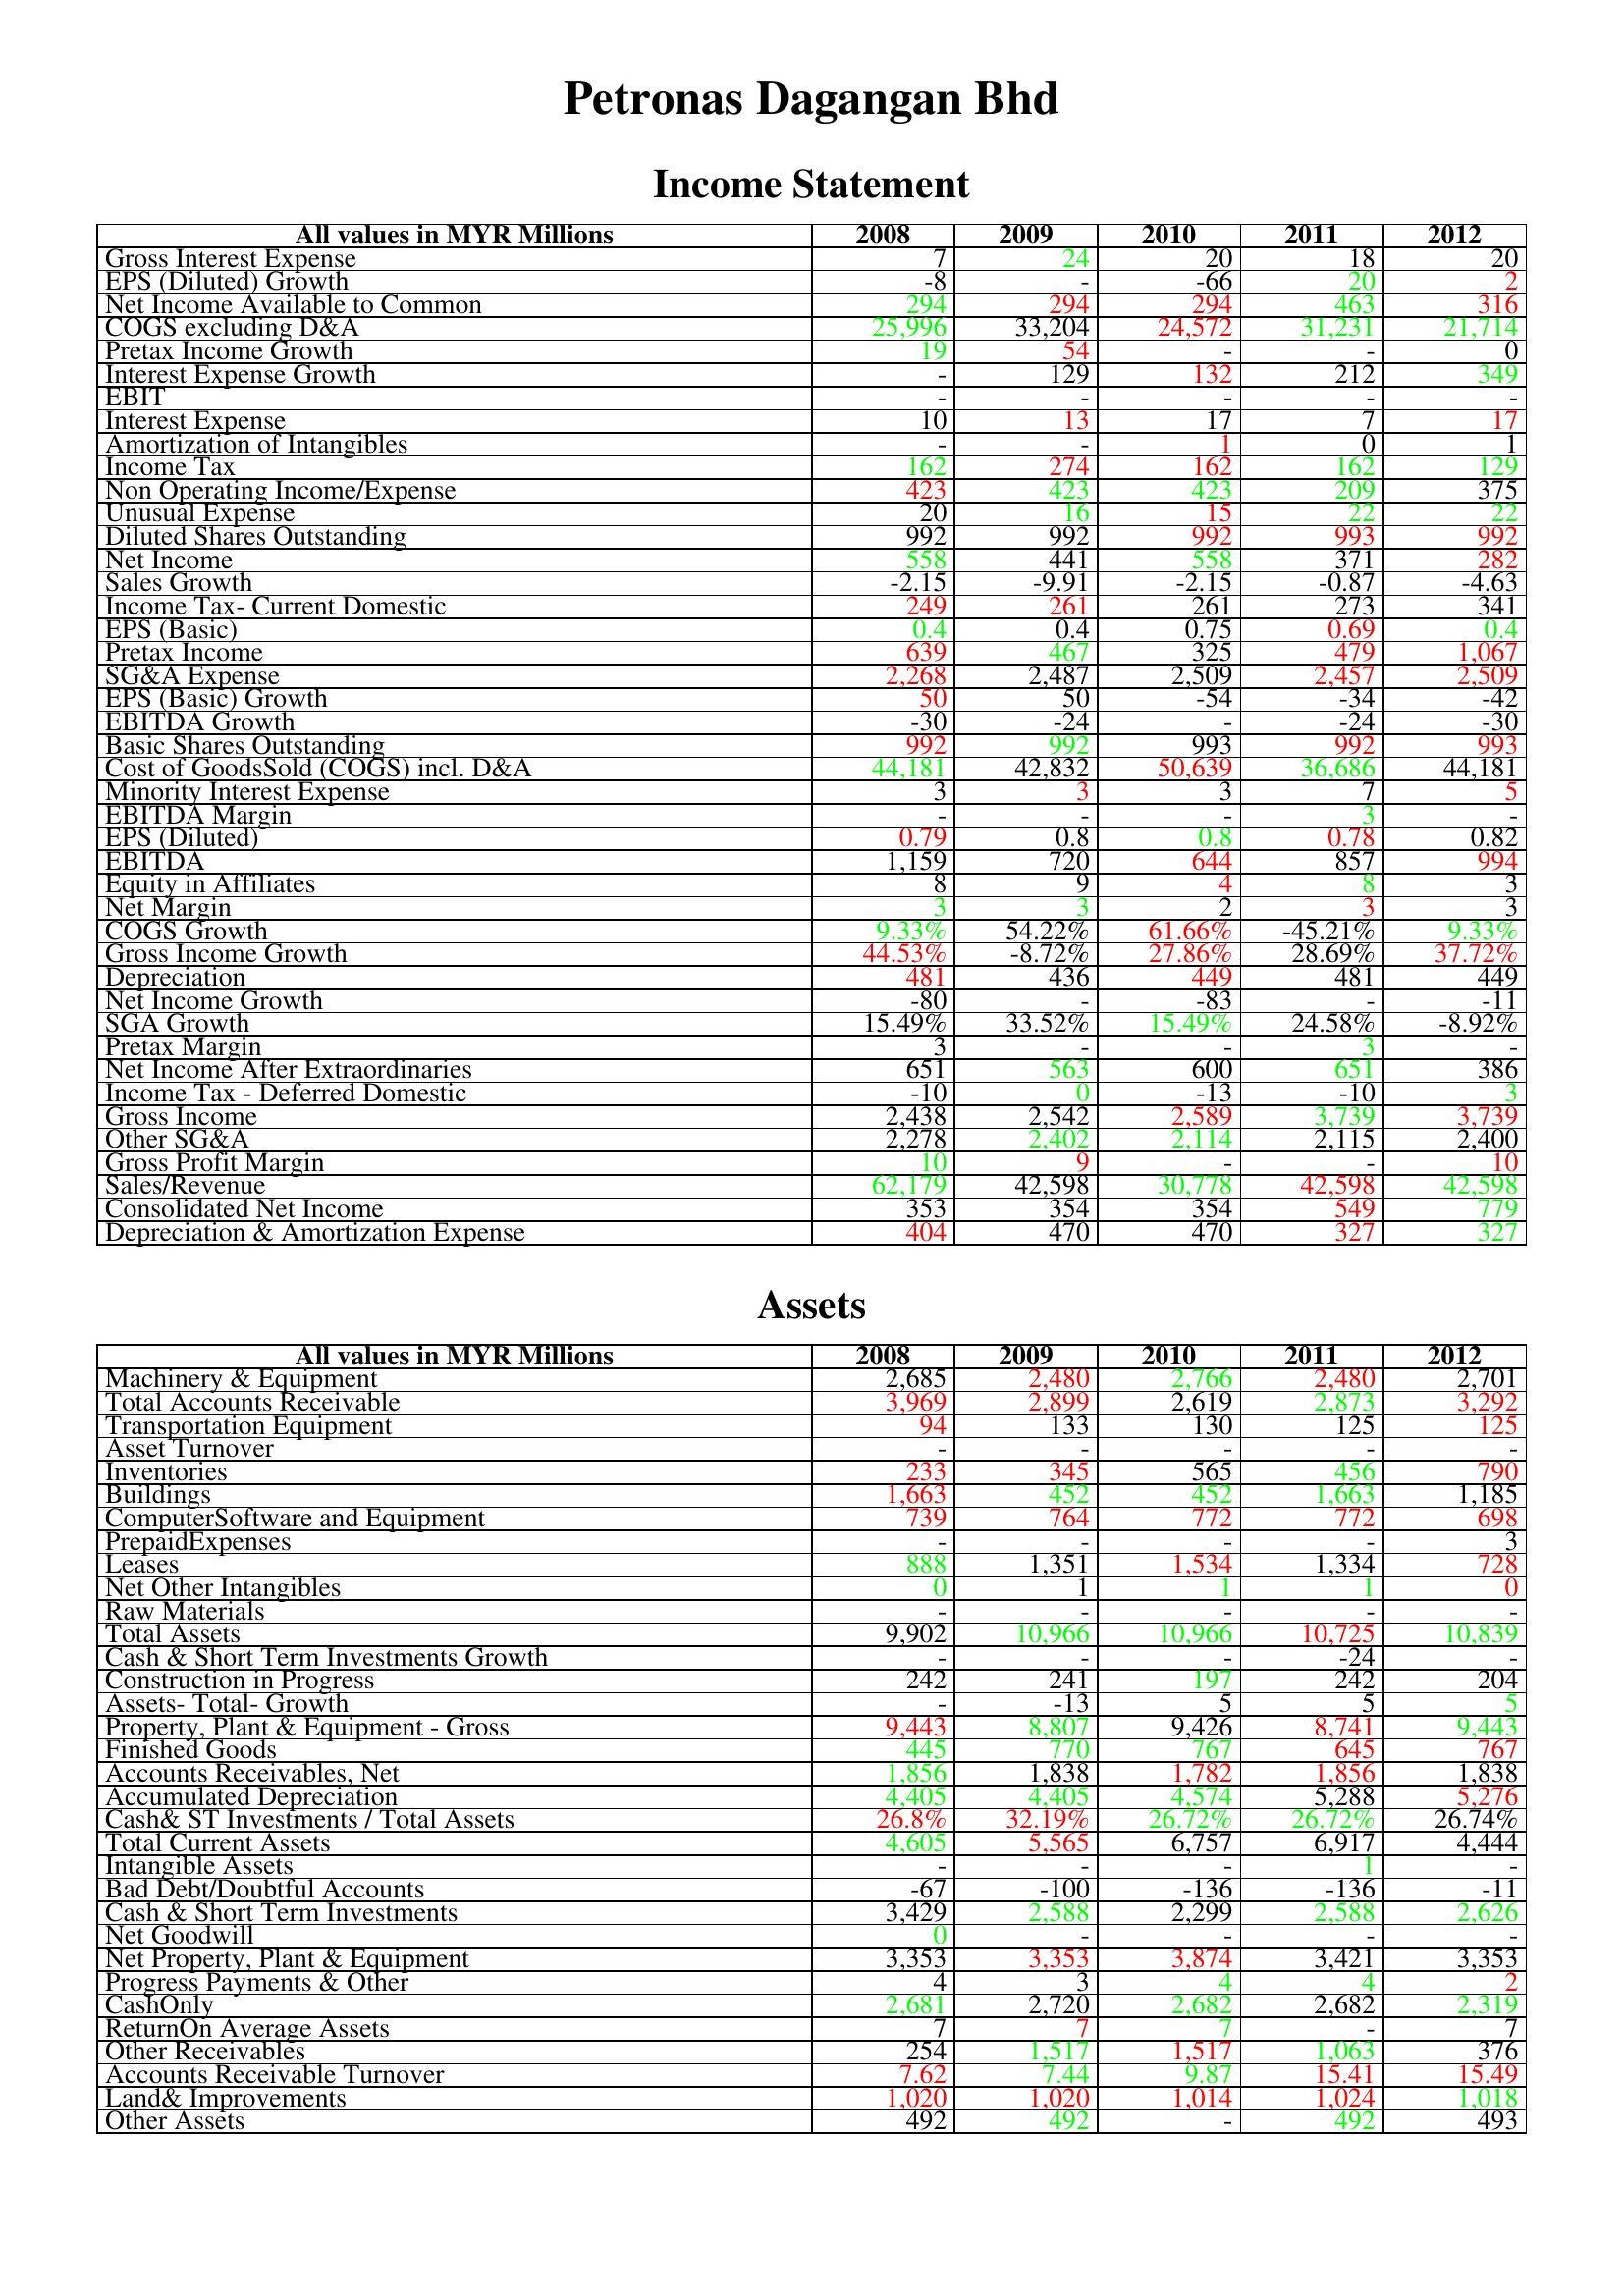
gt_parse: 2008: Income Statement: Gross Interest Expense: 7
EPS (Diluted) Growth: -8
Net Income Available to Common: 294
COGS excluding D&A: 25,996
Pretax Income Growth: 19
Interest Expense Growth: -
EBIT: -
Interest Expense: 10
Amortization of Intangibles: -
Income Tax: 162
Non Operating Income/Expense: 423
Unusual Expense: 20
Diluted Shares Outstanding: 992
Net Income: 558
Sales Growth: -2.15
Income Tax- Current Domestic: 249
EPS (Basic): 0.4
Pretax Income: 639
SG&A Expense: 2,268
EPS (Basic) Growth: 50
EBITDA Growth: -30
Basic Shares Outstanding: 992
Cost of GoodsSold (COGS) incl. D&A: 44,181
Minority Interest Expense: 3
EBITDA Margin: -
EPS (Diluted): 0.79
EBITDA: 1,159
Equity in Affiliates: 8
Net Margin: 3
COGS Growth: 9.33%
Gross Income Growth: 44.53%
Depreciation: 481
Net Income Growth: -80
SGA Growth: 15.49%
Pretax Margin: 3
Net Income After Extraordinaries: 651
Income Tax - Deferred Domestic: -10
Gross Income: 2,438
Other SG&A: 2,278
Gross Profit Margin: 10
Sales/Revenue: 62,179
Consolidated Net Income: 353
Depreciation & Amortization Expense: 404
Assets: Machinery & Equipment: 2,685
Total Accounts Receivable: 3,969
Transportation Equipment: 94
Asset Turnover: -
Inventories: 233
Buildings: 1,663
ComputerSoftware and Equipment: 739
PrepaidExpenses: -
Leases: 888
Net Other Intangibles: 0
Raw Materials: -
Total Assets: 9,902
Cash & Short Term Investments Growth: -
Construction in Progress: 242
Assets- Total- Growth: -
Property, Plant & Equipment - Gross : 9,443
Finished Goods: 445
Accounts Receivables, Net: 1,856
Accumulated Depreciation: 4,405
Cash& ST Investments / Total Assets: 26.8%
Total Current Assets: 4,605
Intangible Assets: -
Bad Debt/Doubtful Accounts: -67
Cash & Short Term Investments: 3,429
Net Goodwill: 0
Net Property, Plant & Equipment: 3,353
Progress Payments & Other: 4
CashOnly: 2,681
ReturnOn Average Assets: 7
Other Receivables: 254
Accounts Receivable Turnover: 7.62
Land& Improvements: 1,020
Other Assets: 492
2009: Income Statement: Gross Interest Expense: 24
EPS (Diluted) Growth: -
Net Income Available to Common: 294
COGS excluding D&A: 33,204
Pretax Income Growth: 54
Interest Expense Growth: 129
EBIT: -
Interest Expense: 13
Amortization of Intangibles: -
Income Tax: 274
Non Operating Income/Expense: 423
Unusual Expense: 16
Diluted Shares Outstanding: 992
Net Income: 441
Sales Growth: -9.91
Income Tax- Current Domestic: 261
EPS (Basic): 0.4
Pretax Income: 467
SG&A Expense: 2,487
EPS (Basic) Growth: 50
EBITDA Growth: -24
Basic Shares Outstanding: 992
Cost of GoodsSold (COGS) incl. D&A: 42,832
Minority Interest Expense: 3
EBITDA Margin: -
EPS (Diluted): 0.8
EBITDA: 720
Equity in Affiliates: 9
Net Margin: 3
COGS Growth: 54.22%
Gross Income Growth: -8.72%
Depreciation: 436
Net Income Growth: -
SGA Growth: 33.52%
Pretax Margin: -
Net Income After Extraordinaries: 563
Income Tax - Deferred Domestic: 0
Gross Income: 2,542
Other SG&A: 2,402
Gross Profit Margin: 9
Sales/Revenue: 42,598
Consolidated Net Income: 354
Depreciation & Amortization Expense: 470
Assets: Machinery & Equipment: 2,480
Total Accounts Receivable: 2,899
Transportation Equipment: 133
Asset Turnover: -
Inventories: 345
Buildings: 452
ComputerSoftware and Equipment: 764
PrepaidExpenses: -
Leases: 1,351
Net Other Intangibles: 1
Raw Materials: -
Total Assets: 10,966
Cash & Short Term Investments Growth: -
Construction in Progress: 241
Assets- Total- Growth: -13
Property, Plant & Equipment - Gross : 8,807
Finished Goods: 770
Accounts Receivables, Net: 1,838
Accumulated Depreciation: 4,405
Cash& ST Investments / Total Assets: 32.19%
Total Current Assets: 5,565
Intangible Assets: -
Bad Debt/Doubtful Accounts: -100
Cash & Short Term Investments: 2,588
Net Goodwill: -
Net Property, Plant & Equipment: 3,353
Progress Payments & Other: 3
CashOnly: 2,720
ReturnOn Average Assets: 7
Other Receivables: 1,517
Accounts Receivable Turnover: 7.44
Land& Improvements: 1,020
Other Assets: 492
2010: Income Statement: Gross Interest Expense: 20
EPS (Diluted) Growth: -66
Net Income Available to Common: 294
COGS excluding D&A: 24,572
Pretax Income Growth: -
Interest Expense Growth: 132
EBIT: -
Interest Expense: 17
Amortization of Intangibles: 1
Income Tax: 162
Non Operating Income/Expense: 423
Unusual Expense: 15
Diluted Shares Outstanding: 992
Net Income: 558
Sales Growth: -2.15
Income Tax- Current Domestic: 261
EPS (Basic): 0.75
Pretax Income: 325
SG&A Expense: 2,509
EPS (Basic) Growth: -54
EBITDA Growth: -
Basic Shares Outstanding: 993
Cost of GoodsSold (COGS) incl. D&A: 50,639
Minority Interest Expense: 3
EBITDA Margin: -
EPS (Diluted): 0.8
EBITDA: 644
Equity in Affiliates: 4
Net Margin: 2
COGS Growth: 61.66%
Gross Income Growth: 27.86%
Depreciation: 449
Net Income Growth: -83
SGA Growth: 15.49%
Pretax Margin: -
Net Income After Extraordinaries: 600
Income Tax - Deferred Domestic: -13
Gross Income: 2,589
Other SG&A: 2,114
Gross Profit Margin: -
Sales/Revenue: 30,778
Consolidated Net Income: 354
Depreciation & Amortization Expense: 470
Assets: Machinery & Equipment: 2,766
Total Accounts Receivable: 2,619
Transportation Equipment: 130
Asset Turnover: -
Inventories: 565
Buildings: 452
ComputerSoftware and Equipment: 772
PrepaidExpenses: -
Leases: 1,534
Net Other Intangibles: 1
Raw Materials: -
Total Assets: 10,966
Cash & Short Term Investments Growth: -
Construction in Progress: 197
Assets- Total- Growth: 5
Property, Plant & Equipment - Gross : 9,426
Finished Goods: 767
Accounts Receivables, Net: 1,782
Accumulated Depreciation: 4,574
Cash& ST Investments / Total Assets: 26.72%
Total Current Assets: 6,757
Intangible Assets: -
Bad Debt/Doubtful Accounts: -136
Cash & Short Term Investments: 2,299
Net Goodwill: -
Net Property, Plant & Equipment: 3,874
Progress Payments & Other: 4
CashOnly: 2,682
ReturnOn Average Assets: 7
Other Receivables: 1,517
Accounts Receivable Turnover: 9.87
Land& Improvements: 1,014
Other Assets: -
2011: Income Statement: Gross Interest Expense: 18
EPS (Diluted) Growth: 20
Net Income Available to Common: 463
COGS excluding D&A: 31,231
Pretax Income Growth: -
Interest Expense Growth: 212
EBIT: -
Interest Expense: 7
Amortization of Intangibles: 0
Income Tax: 162
Non Operating Income/Expense: 209
Unusual Expense: 22
Diluted Shares Outstanding: 993
Net Income: 371
Sales Growth: -0.87
Income Tax- Current Domestic: 273
EPS (Basic): 0.69
Pretax Income: 479
SG&A Expense: 2,457
EPS (Basic) Growth: -34
EBITDA Growth: -24
Basic Shares Outstanding: 992
Cost of GoodsSold (COGS) incl. D&A: 36,686
Minority Interest Expense: 7
EBITDA Margin: 3
EPS (Diluted): 0.78
EBITDA: 857
Equity in Affiliates: 8
Net Margin: 3
COGS Growth: -45.21%
Gross Income Growth: 28.69%
Depreciation: 481
Net Income Growth: -
SGA Growth: 24.58%
Pretax Margin: 3
Net Income After Extraordinaries: 651
Income Tax - Deferred Domestic: -10
Gross Income: 3,739
Other SG&A: 2,115
Gross Profit Margin: -
Sales/Revenue: 42,598
Consolidated Net Income: 549
Depreciation & Amortization Expense: 327
Assets: Machinery & Equipment: 2,480
Total Accounts Receivable: 2,873
Transportation Equipment: 125
Asset Turnover: -
Inventories: 456
Buildings: 1,663
ComputerSoftware and Equipment: 772
PrepaidExpenses: -
Leases: 1,334
Net Other Intangibles: 1
Raw Materials: -
Total Assets: 10,725
Cash & Short Term Investments Growth: -24
Construction in Progress: 242
Assets- Total- Growth: 5
Property, Plant & Equipment - Gross : 8,741
Finished Goods: 645
Accounts Receivables, Net: 1,856
Accumulated Depreciation: 5,288
Cash& ST Investments / Total Assets: 26.72%
Total Current Assets: 6,917
Intangible Assets: 1
Bad Debt/Doubtful Accounts: -136
Cash & Short Term Investments: 2,588
Net Goodwill: -
Net Property, Plant & Equipment: 3,421
Progress Payments & Other: 4
CashOnly: 2,682
ReturnOn Average Assets: -
Other Receivables: 1,063
Accounts Receivable Turnover: 15.41
Land& Improvements: 1,024
Other Assets: 492
2012: Income Statement: Gross Interest Expense: 20
EPS (Diluted) Growth: 2
Net Income Available to Common: 316
COGS excluding D&A: 21,714
Pretax Income Growth: 0
Interest Expense Growth: 349
EBIT: -
Interest Expense: 17
Amortization of Intangibles: 1
Income Tax: 129
Non Operating Income/Expense: 375
Unusual Expense: 22
Diluted Shares Outstanding: 992
Net Income: 282
Sales Growth: -4.63
Income Tax- Current Domestic: 341
EPS (Basic): 0.4
Pretax Income: 1,067
SG&A Expense: 2,509
EPS (Basic) Growth: -42
EBITDA Growth: -30
Basic Shares Outstanding: 993
Cost of GoodsSold (COGS) incl. D&A: 44,181
Minority Interest Expense: 5
EBITDA Margin: -
EPS (Diluted): 0.82
EBITDA: 994
Equity in Affiliates: 3
Net Margin: 3
COGS Growth: 9.33%
Gross Income Growth: 37.72%
Depreciation: 449
Net Income Growth: -11
SGA Growth: -8.92%
Pretax Margin: -
Net Income After Extraordinaries: 386
Income Tax - Deferred Domestic: 3
Gross Income: 3,739
Other SG&A: 2,400
Gross Profit Margin: 10
Sales/Revenue: 42,598
Consolidated Net Income: 779
Depreciation & Amortization Expense: 327
Assets: Machinery & Equipment: 2,701
Total Accounts Receivable: 3,292
Transportation Equipment: 125
Asset Turnover: -
Inventories: 790
Buildings: 1,185
ComputerSoftware and Equipment: 698
PrepaidExpenses: 3
Leases: 728
Net Other Intangibles: 0
Raw Materials: -
Total Assets: 10,839
Cash & Short Term Investments Growth: -
Construction in Progress: 204
Assets- Total- Growth: 5
Property, Plant & Equipment - Gross : 9,443
Finished Goods: 767
Accounts Receivables, Net: 1,838
Accumulated Depreciation: 5,276
Cash& ST Investments / Total Assets: 26.74%
Total Current Assets: 4,444
Intangible Assets: -
Bad Debt/Doubtful Accounts: -11
Cash & Short Term Investments: 2,626
Net Goodwill: -
Net Property, Plant & Equipment: 3,353
Progress Payments & Other: 2
CashOnly: 2,319
ReturnOn Average Assets: 7
Other Receivables: 376
Accounts Receivable Turnover: 15.49
Land& Improvements: 1,018
Other Assets: 493